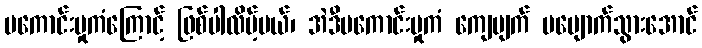
မကောင်းမှုကံကြောင့် ဖြစ်ပါလိမ့်မယ်၊ အဲဒီမကောင်းမှုကံ ကျေပျက် ပပျောက်သွားအောင်